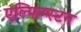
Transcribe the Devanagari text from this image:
एल्फिम्स्टन